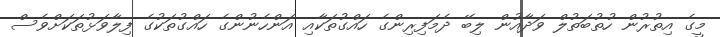
މީގެ އިތުރުން ހުތުބަތުލް ވަދާއުން ލިބޭ ދެމަފިރިންގެ ހައްގުތަކާއި އަންހެނުންގެ ހައްގުތަކުގެ ފިލާވަޅުތަކަށްވެސް